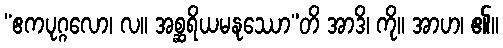
“ဧကပုဂ္ဂလော၊ လ။ အစ္ဆရိယမနုဿော”တိ အာဒိ၊ ကို။ အာဟ၊ ၏။